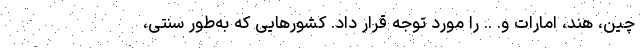
چین، هند، امارات و. .. را مورد توجه قرار داد. کشورهایی که به‌طور سنتی،